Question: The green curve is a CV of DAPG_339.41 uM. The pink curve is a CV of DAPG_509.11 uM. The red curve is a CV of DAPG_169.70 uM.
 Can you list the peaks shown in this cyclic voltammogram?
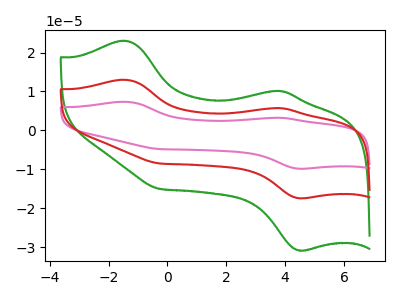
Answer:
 <answer>The green curve "DAPG_339.41 uM" has anodic peaks at (-1.45V, 23.05uA) (3.80V, 10.15uA) and cathodic peaks at (4.50V, -30.85uA) (-0.30V, -15.00uA). The pink curve "DAPG_509.11 uM" has anodic peaks at (-1.45V, 26.00uA) (3.80V, 11.50uA) and cathodic peaks at (4.50V, -34.85uA) (-0.30V, -16.95uA). The red curve "DAPG_169.70 uM" has anodic peaks at (-1.45V, 13.00uA) (3.80V, 5.75uA) and cathodic peaks at (4.50V, -17.40uA) (-0.30V, -8.50uA).</answer>
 <eval></eval>